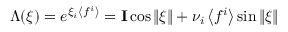
\Lambda ( \xi ) = \textstyle { e ^ { \xi _ { i } \left< f ^ { i } \right> } = { \bf I } \cos \| \xi \| + \nu _ { i } \left< f ^ { i } \right> } \sin \| \xi \|